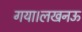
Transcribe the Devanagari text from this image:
गया।लखनऊ